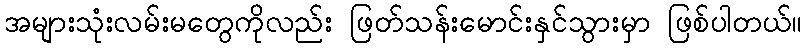
အများသုံးလမ်းမတွေကိုလည်း ဖြတ်သန်းမောင်းနှင်သွားမှာ ဖြစ်ပါတယ်။